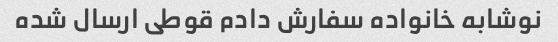
نوشابه خانواده سفارش دادم قوطی ارسال شده